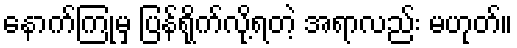
နောက်ကြုံမှ ပြန်ရိုက်လို့ရတဲ့ အရာလည်း မဟုတ်။